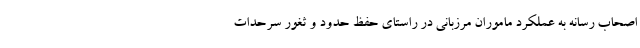
اصحاب رسانه به عملکرد ماموران مرزبانی در راستای حفظ حدود و ثغور سرحدات